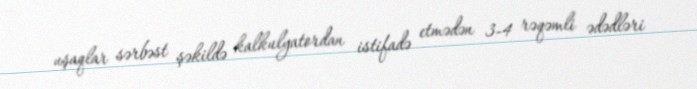
uşaqlar sərbəst şəkildə kalkulyatordan istifadə etmədən 3-4 rəqəmli ədədləri